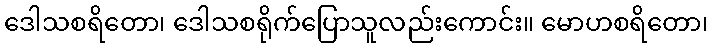
ဒေါသစရိတော၊ ဒေါသစရိုက်ပြောသူလည်းကောင်း။ မောဟစရိတော၊